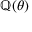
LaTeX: \mathbb { Q } ( \theta )